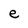
Character: e